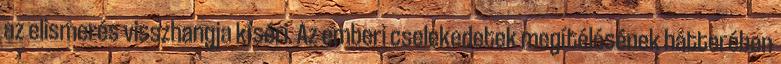
az elismerés visszhangja kíséri. Az emberi cselekedetek megítélésének hátterében